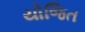
યોજિત